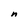
Character: n